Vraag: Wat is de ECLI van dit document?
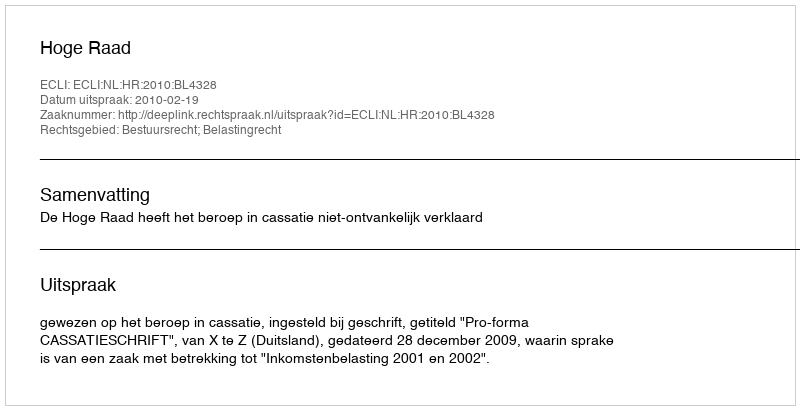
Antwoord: ECLI:NL:HR:2010:BL4328